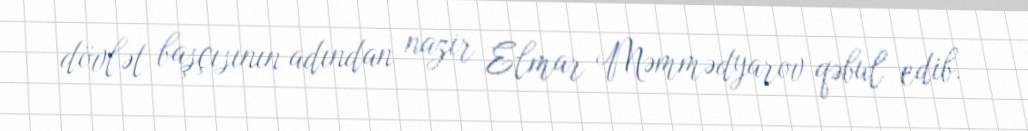
dövlət başçısının adından nazir Elmar Məmmədyarov qəbul edib.